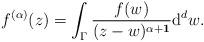
LaTeX: \begin{align*}f^{(\alpha)}(z)= \int_{\Gamma}\frac{f(w)}{(z-w)^{\alpha+\mathbf{1}}}\mathrm{d}^dw.\end{align*}